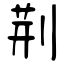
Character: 荆